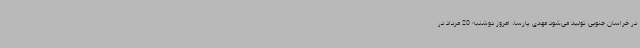
در خراسان جنوبی تولید می‌شود مهدی پارسا، امروز دوشنبه 20 مرداد در